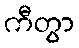
ကီတွာ